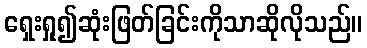
ရှေးရှု၍ဆုံးဖြတ်ခြင်းကိုသာဆိုလိုသည်။